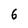
Character: 6